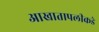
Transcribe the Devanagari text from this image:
आखातापलीकडे